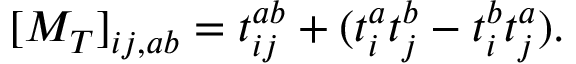
[ M _ { T } ] _ { i j , a b } = t _ { i j } ^ { a b } + ( t _ { i } ^ { a } t _ { j } ^ { b } - t _ { i } ^ { b } t _ { j } ^ { a } ) .